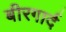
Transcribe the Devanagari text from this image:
बीरगार्द